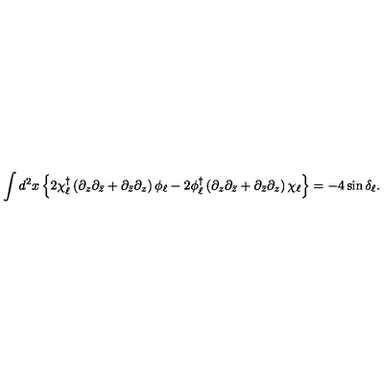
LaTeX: \int d ^ { 2 } x \left\{ 2 \chi _ { \ell } ^ { \dagger } \left( \partial _ { z } \partial _ { \bar { z } } + \partial _ { \bar { z } } \partial _ { z } \right) \phi _ { \ell } - 2 \phi _ { \ell } ^ { \dagger } \left( \partial _ { z } \partial _ { \bar { z } } + \partial _ { \bar { z } } \partial _ { z } \right) \chi _ { \ell } \right\} = - 4 \sin \delta _ { \ell } .